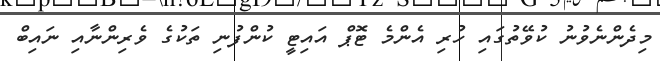
މިދެންނެވުނު ކުވޭތުގައި ހުރި އެންމެ ޓޮޕް އައިޓީ ކުންފުނި ތަކުގެ ވެރިންނާއި ނައިބް